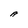
Character: A